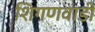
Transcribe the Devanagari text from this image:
शिगणवाडी